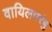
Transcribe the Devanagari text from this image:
वायिलपरंबु